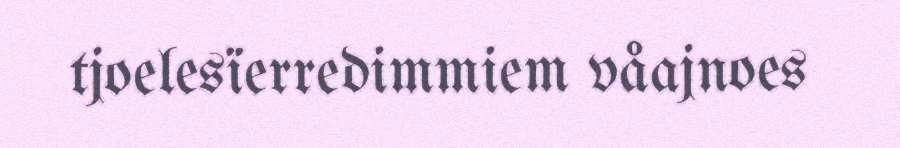
tjoelesïerredimmiem våajnoes